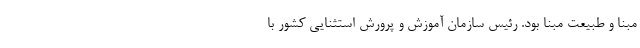
مبنا و طبیعت مبنا بود. رئیس سازمان آموزش و پرورش استثنایی کشور با